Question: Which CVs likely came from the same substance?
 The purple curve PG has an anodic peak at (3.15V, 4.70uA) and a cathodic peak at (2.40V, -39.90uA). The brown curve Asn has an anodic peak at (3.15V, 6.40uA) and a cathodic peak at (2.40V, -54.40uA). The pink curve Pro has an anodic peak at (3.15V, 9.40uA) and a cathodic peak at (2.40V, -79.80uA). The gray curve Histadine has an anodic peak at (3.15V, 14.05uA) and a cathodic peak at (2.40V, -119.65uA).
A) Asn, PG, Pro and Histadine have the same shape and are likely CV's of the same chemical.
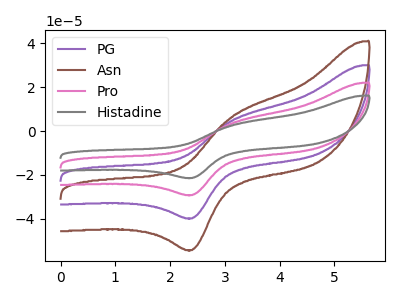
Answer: <think>All the peaks in "PG" have a peak in "Asn" at the same potential. Every peak in "PG" is lower than every peak in "Asn". All the peaks in "PG" have a peak in "Pro" at the same potential. Every peak in "PG" is lower than every peak in "Pro". All the peaks in "PG" have a peak in "Histadine" at the same potential. Every peak in "PG" is lower than every peak in "Histadine". All the peaks in "Asn" have a peak in "Pro" at the same potential. Every peak in "Asn" is lower than every peak in "Pro". All the peaks in "Asn" have a peak in "Histadine" at the same potential. Every peak in "Asn" is lower than every peak in "Histadine". All the peaks in "Pro" have a peak in "Histadine" at the same potential. Every peak in "Pro" is lower than every peak in "Histadine".
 </think>
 <answer>A) "Asn", "PG", "Pro" and "Histadine" have the same shape and are likely CV's of the same chemical.</answer>
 <eval>A</eval>